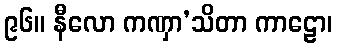
၉၆။ နီလော ကဏှာ’သိတာ ကာဠော၊